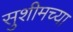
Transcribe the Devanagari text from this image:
सुशीमच्या